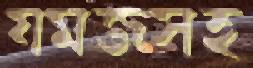
যমজসহ